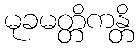
မုခမတ္တိကန္တိ